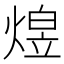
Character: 𬊸